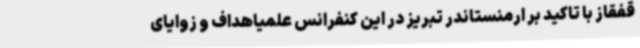
قفقاز با تاکید بر ارمنستاندر تبریز در این کنفرانس علمیاهداف و زوایای